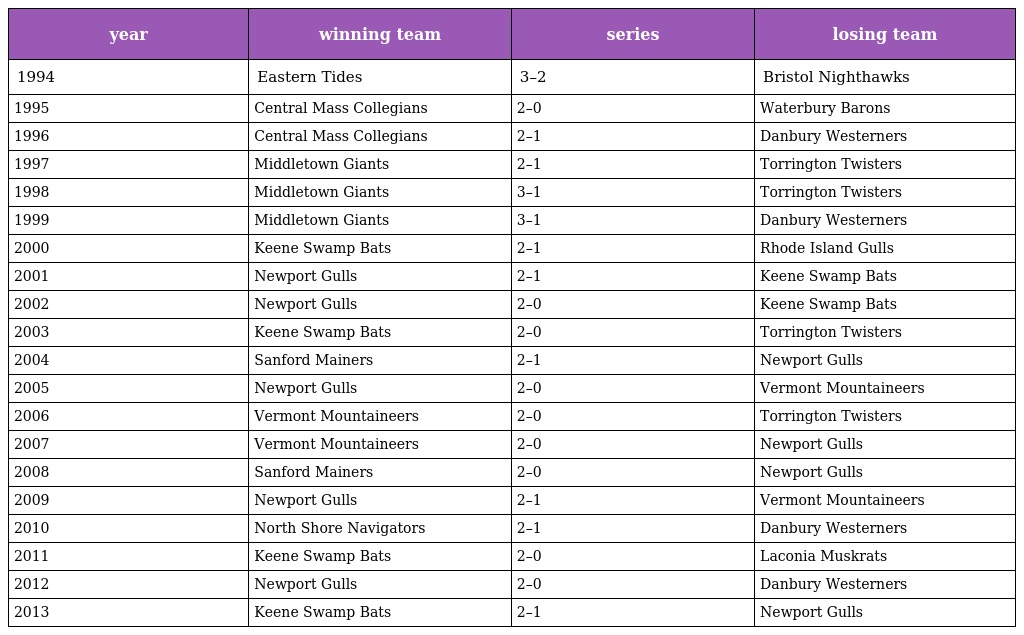
| year | winning team | series | losing team |
 | --- | --- | --- | --- |
 | 1994 | Eastern Tides | 3–2 | Bristol Nighthawks |
 | 1995 | Central Mass Collegians | 2–0 | Waterbury Barons |
 | 1996 | Central Mass Collegians | 2–1 | Danbury Westerners |
 | 1997 | Middletown Giants | 2–1 | Torrington Twisters |
 | 1998 | Middletown Giants | 3–1 | Torrington Twisters |
 | 1999 | Middletown Giants | 3–1 | Danbury Westerners |
 | 2000 | Keene Swamp Bats | 2–1 | Rhode Island Gulls |
 | 2001 | Newport Gulls | 2–1 | Keene Swamp Bats |
 | 2002 | Newport Gulls | 2–0 | Keene Swamp Bats |
 | 2003 | Keene Swamp Bats | 2–0 | Torrington Twisters |
 | 2004 | Sanford Mainers | 2–1 | Newport Gulls |
 | 2005 | Newport Gulls | 2–0 | Vermont Mountaineers |
 | 2006 | Vermont Mountaineers | 2–0 | Torrington Twisters |
 | 2007 | Vermont Mountaineers | 2–0 | Newport Gulls |
 | 2008 | Sanford Mainers | 2–0 | Newport Gulls |
 | 2009 | Newport Gulls | 2–1 | Vermont Mountaineers |
 | 2010 | North Shore Navigators | 2–1 | Danbury Westerners |
 | 2011 | Keene Swamp Bats | 2–0 | Laconia Muskrats |
 | 2012 | Newport Gulls | 2–0 | Danbury Westerners |
 | 2013 | Keene Swamp Bats | 2–1 | Newport Gulls |